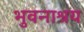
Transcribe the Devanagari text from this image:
भुवनाश्रय